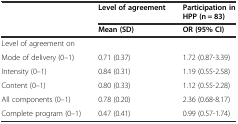
<table><thead><tr><td></td><td><b>Level of agreement</b></td><td><b>Participation in HPP (n = 83)</b></td></tr><tr><td></td><td><b>Mean (SD)</b></td><td><b>OR (95% CI)</b></td></tr></thead><tbody><tr><td colspan="3">Level of agreement on</td></tr><tr><td>Mode of delivery (0–1)</td><td>0.71 (0.37)</td><td>1.72 (0.87-3.39)</td></tr><tr><td>Intensity (0–1)</td><td>0.84 (0.31)</td><td>1.19 (0.55-2.58)</td></tr><tr><td>Content (0–1)</td><td>0.80 (0.33)</td><td>1.12 (0.55-2.28)</td></tr><tr><td>All components (0–1)</td><td>0.78 (0.20)</td><td>2.36 (0.68-8.17)</td></tr><tr><td>Complete program (0–1)</td><td>0.47 (0.41)</td><td>0.99 (0.57-1.74)</td></tr></tbody></table>